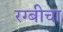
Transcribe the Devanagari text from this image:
रग्बीचा